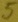
Text: 5